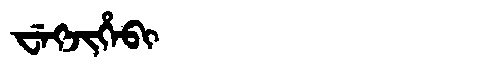
Manchu: ᠸᡝᡴᠵᡳᡥᡝᠪᡳ
Romanization: WEKJIHEBI